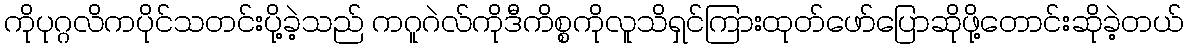
ကိုပုဂ္ဂလိကပိုင်သတင်းပို့ခဲ့သည် ကဂူဂဲလ်ကိုဒီကိစ္စကိုလူသိရှင်ကြားထုတ်ဖော်ပြောဆိုဖို့တောင်းဆိုခဲ့တယ်